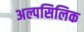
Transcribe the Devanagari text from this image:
अल्पसिलिक